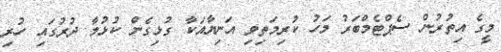
މީގެ އިތުރުން ސެޕްޓެމްބަރު މަހު ކުރިމަތިވި އަނިޔާއަކާ ގުޅިގެން ކުޅުމާ ދުރުގައި ހުރި